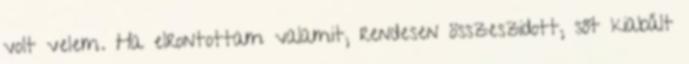
volt velem. Ha elrontottam valamit, rendesen összeszidott, sőt kiabált